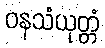
ဝနသံယုတ္တံ